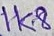
Text: 1k8